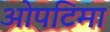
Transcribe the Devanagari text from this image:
ओपटिमा